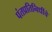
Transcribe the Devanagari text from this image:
पंतप्रतिनिधींचे